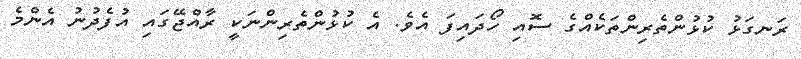
ރަނގަޅު ކުޅުންތެރިންތަކެއްގެ ސޮއި ހޯދައިފަ އެވެ. އެ ކުޅުންތެރިންނަކީ ރާއްޖޭގައި އުފެދުނު އެންމެ